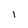
Character: 1